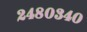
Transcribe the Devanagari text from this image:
२४८०३४०